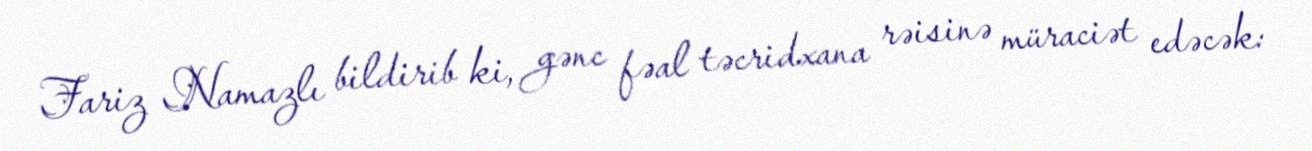
Fariz Namazlı bildirib ki, gənc fəal təcridxana rəisinə müraciət edəcək: